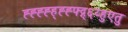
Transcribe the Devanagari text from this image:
ह्ह्ह्ह्ह्ह्ह्फ्द्ग्६य्हुएतु